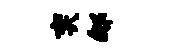
奕郇